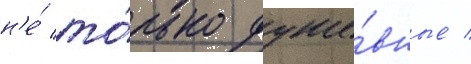
н'е́ то́лько душе́вные /